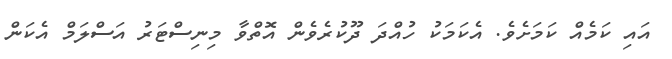
އައި ކަމެއް ކަމަށެވެ. އެކަމަކު ހުއްދަ ދޫކުރެވެން އޮތްވާ މިނިސްޓަރު އަސްލަމް އެކަން